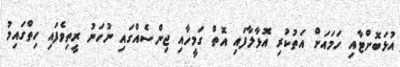
އުޅަބޮށްޓާއި ހަމައަށް އަތުކުރި އޮޅާލާފައި އޮތް ގަމީހާއި ޖިންސެއްގައި ނުހަނު ރީތިވެފައި ހިތްގައިމު